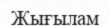
Жығылам